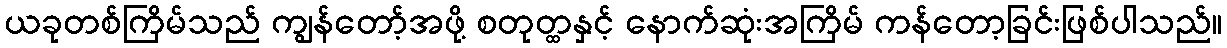
ယခုတစ်ကြိမ်သည် ကျွန်တော့်အဖို့ စတုတ္ထနှင့် နောက်ဆုံးအကြိမ် ကန်တော့ခြင်းဖြစ်ပါသည်။